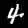
Digit: 4